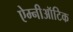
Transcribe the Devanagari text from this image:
ऐम्नीऑटिक